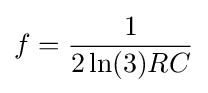
\,\!f={\frac {1}{2\ln(3)RC}}